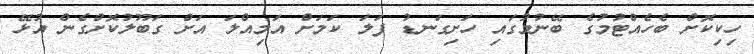
ހިކިކޮށް ބެހެއްޓުމުގެ ބޭނުމުގައި ހަށިގަނޑު ފަލަ ކަމަށް އަމިއްލަ އަށް ގަބޫލުކޮށްގެން އުޅޭ